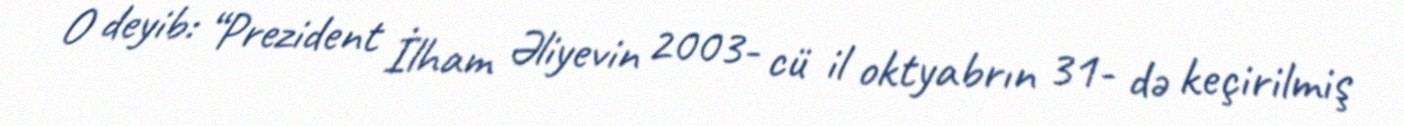
O deyib: “Prezident İlham Əliyevin 2003- cü il oktyabrın 31- də keçirilmiş